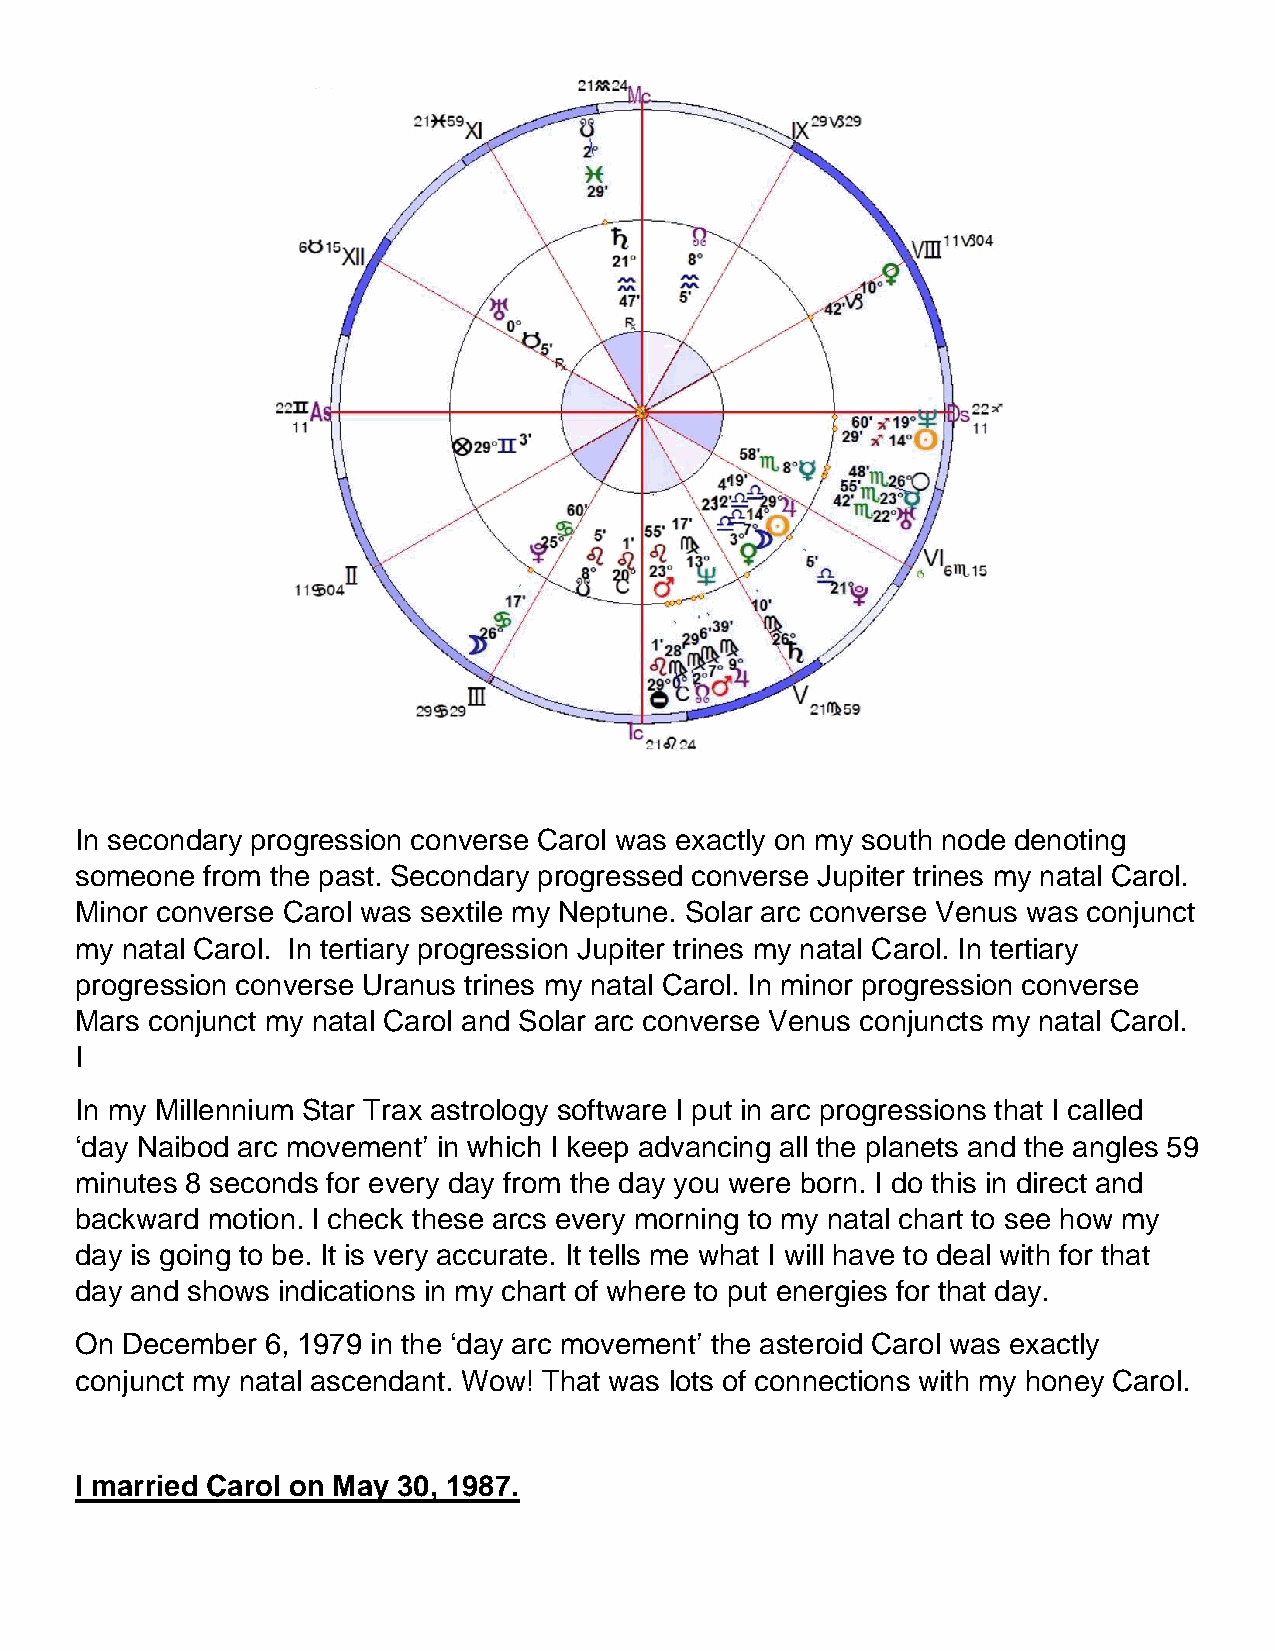
In secondary progression converse Carol was exactly on my south node denoting
 someone from the past. Secondary progressed converse Jupiter trines my natal Carol.
 Minor converse Carol was sextile my Neptune. Solar arc converse Venus was conjunct
 my natal Carol. In tertiary progression Jupiter trines my natal Carol. In tertiary
 progression converse Uranus trines my natal Carol. In minor progression converse
 Mars conjunct my natal Carol and Solar arc converse Venus conjuncts my natal Carol.
 I
 In my Millennium Star Trax astrology software I put in arc progressions that I called
 ‘day Naibod arc movement’ in which I keep advancing all the planets and the angles 59
 minutes 8 seconds for every day from the day you were born. I do this in direct and
 backward motion. I check these arcs every morning to my natal chart to see how my
 day is going to be. It is very accurate. It tells me what I will have to deal with for that
 day and shows indications in my chart of where to put energies for that day.
 On December  6, 1979 in the ‘day arc movement’ the asteroid Carol was exactly
 conjunct my natal ascendant. Wow! That was lots of connections with my honey Carol.
 I married Carol on May 30, 1987.